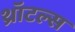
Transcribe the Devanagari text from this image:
थ्रॉटल्स